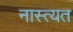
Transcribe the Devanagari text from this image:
नास्त्यत